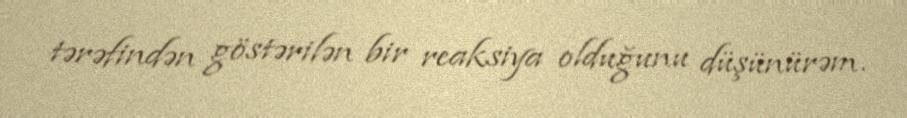
tərəfindən göstərilən bir reaksiya olduğunu düşünürəm.